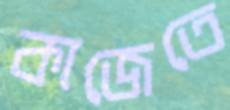
কাজেতে